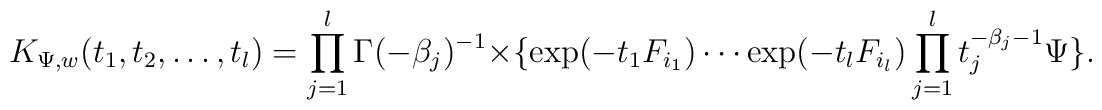
K_{\Psi,w}(t_{1},t_{2},\ldots , t_{l})=\prod_{j=1}^{l}\Gamma (-\beta_{j})^{-1}\times\{\exp (-t_{1}F_{i_{1}})\cdots\exp(-t_{l}F_{i_{l}})\prod_{j=1}^{l}t_{j}^{-\beta_{j}-1}\Psi\}.